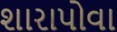
શારાપોવા